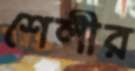
শেলীর